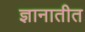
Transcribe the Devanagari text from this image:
ज्ञानातीत